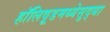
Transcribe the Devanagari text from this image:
हॉलिवूडमध्येसुद्धा